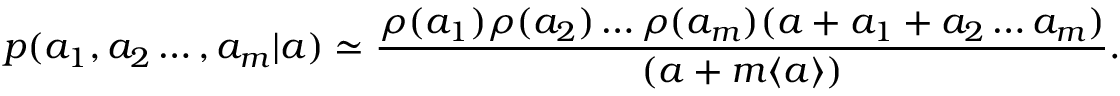
p ( a _ { 1 } , a _ { 2 } \ldots , a _ { m } | a ) \simeq \frac { \rho ( a _ { 1 } ) \rho ( a _ { 2 } ) \ldots \rho ( a _ { m } ) ( a + a _ { 1 } + a _ { 2 } \ldots a _ { m } ) } { ( a + m \langle a \rangle ) } .